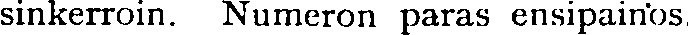
sinkerroin. Numeron paras ensipainos,